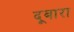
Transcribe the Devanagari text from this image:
दूबारा